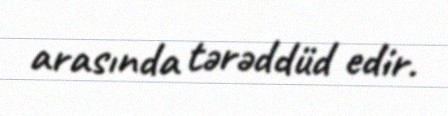
arasında tərəddüd edir.